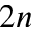
2 n